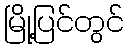
မြို့ပြင်တွင်